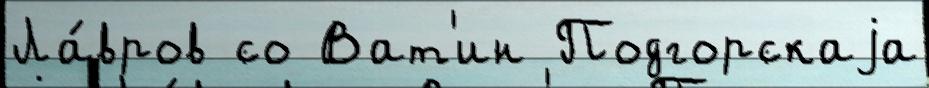
Ла́вров со Ват'ин Подгорскаjа